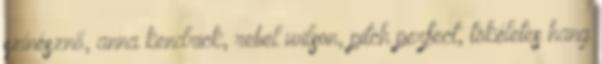
színésznő, anna kendrick, rebel wilson, pitch perfect, tökéletes hang